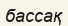
бассақ